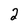
Character: 2